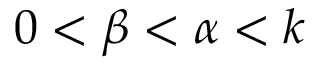
0 < \beta < \alpha < k